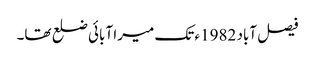
فیصل آباد 1982ء تک میرا آبائی ضلع تھا۔